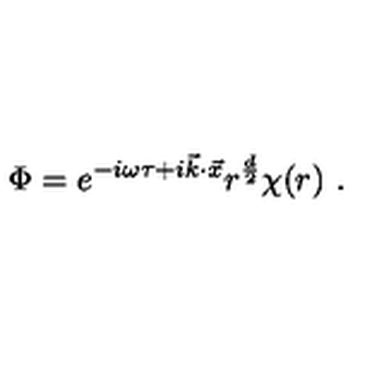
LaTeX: \Phi = e ^ { - i \omega \tau + i \vec { k } \cdot \vec { x } } r ^ { \frac { d } { 2 } } \chi ( r ) \ .